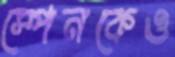
স্পেনকেও